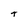
Character: t